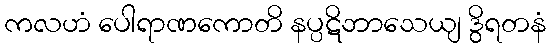
ကလဟံ ပေါရာဏကောတိ နပ္ပဋိဘာသေယျ ဒွိရတနံ